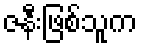
ဇနီးဖြစ်သူက